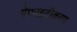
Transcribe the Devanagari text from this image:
ग्रेफाइटीकरण